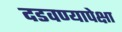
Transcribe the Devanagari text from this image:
दडवण्यापेक्षा